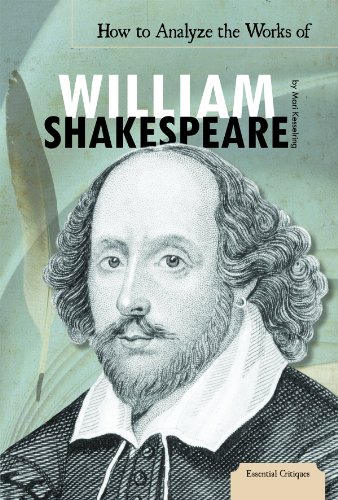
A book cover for How to Analyze the Works of William Shakespeare (Essential Critiques); Mari Kesselring; Teen & Young Adult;